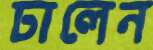
ঢালেন